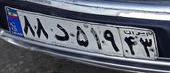
۸۸د۵۱۹۴۳